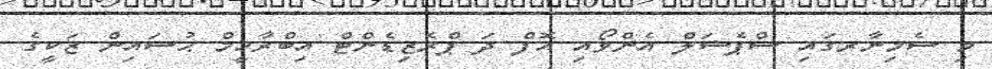
މި ސެމިނާރގައި ސްޕެޝަލް އެންވޯއި އޮފް ދަ ޕްރެޒިޑެންޓް އިބްރާހީމް ޙުސައިން ޒަކީގެ